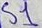
Text: S1